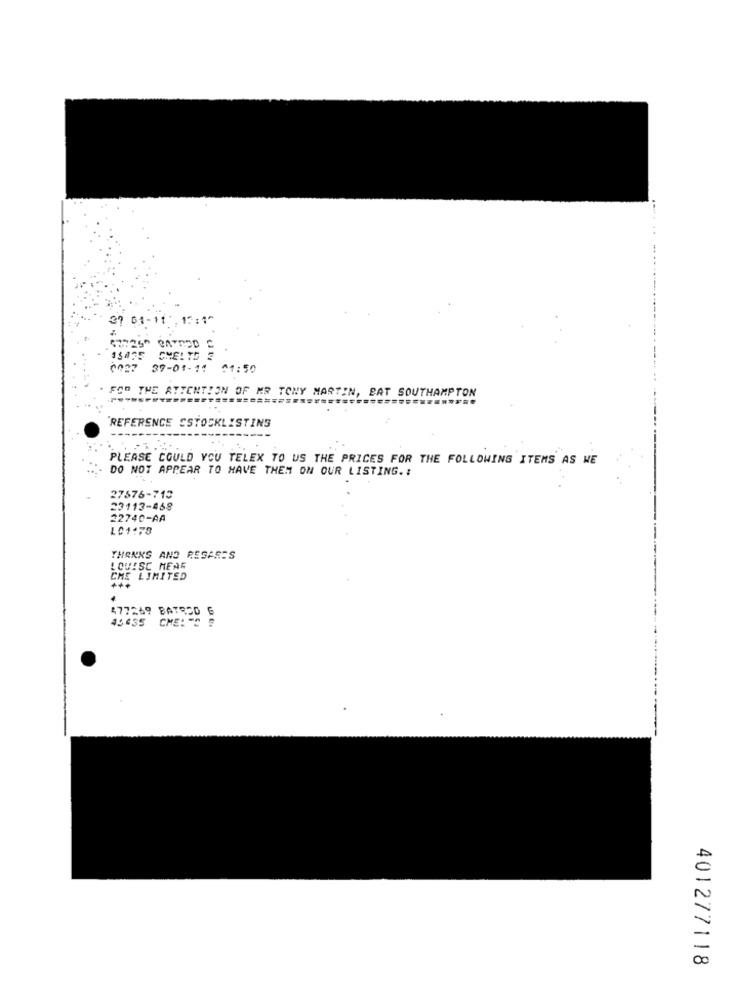
37 61-11 , 15:1^
6007 39-01-1: 01:50
FOR THE ATTENTION OF MR TONY MARTIN, BAT SOUTHAMPTON
REFERENCE SSTOCKLISTING
.......
PLEASE COULD YOU TELEX TO US THE PRICES FOR THE FOLLOWING ITEMS AS WE
DO NOT APPEAR TO HAVE THEM ON OUR LISTING. :
27576-713
23113-468
22740-AA
LC1178
THANKS AND RESARES
LOUISC MENE
CHE LIMITED
+++
477269 BATESD
45435 CME :-
.
401277118